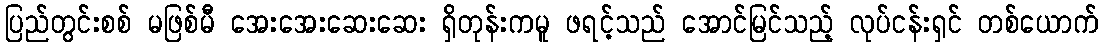
ပြည်တွင်းစစ် မဖြစ်မီ အေးအေးဆေးဆေး ရှိတုန်းကမူ ဖရင့်သည် အောင်မြင်သည့် လုပ်ငန်းရှင် တစ်ယောက်